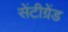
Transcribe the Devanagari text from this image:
सेंटीग्रेंड